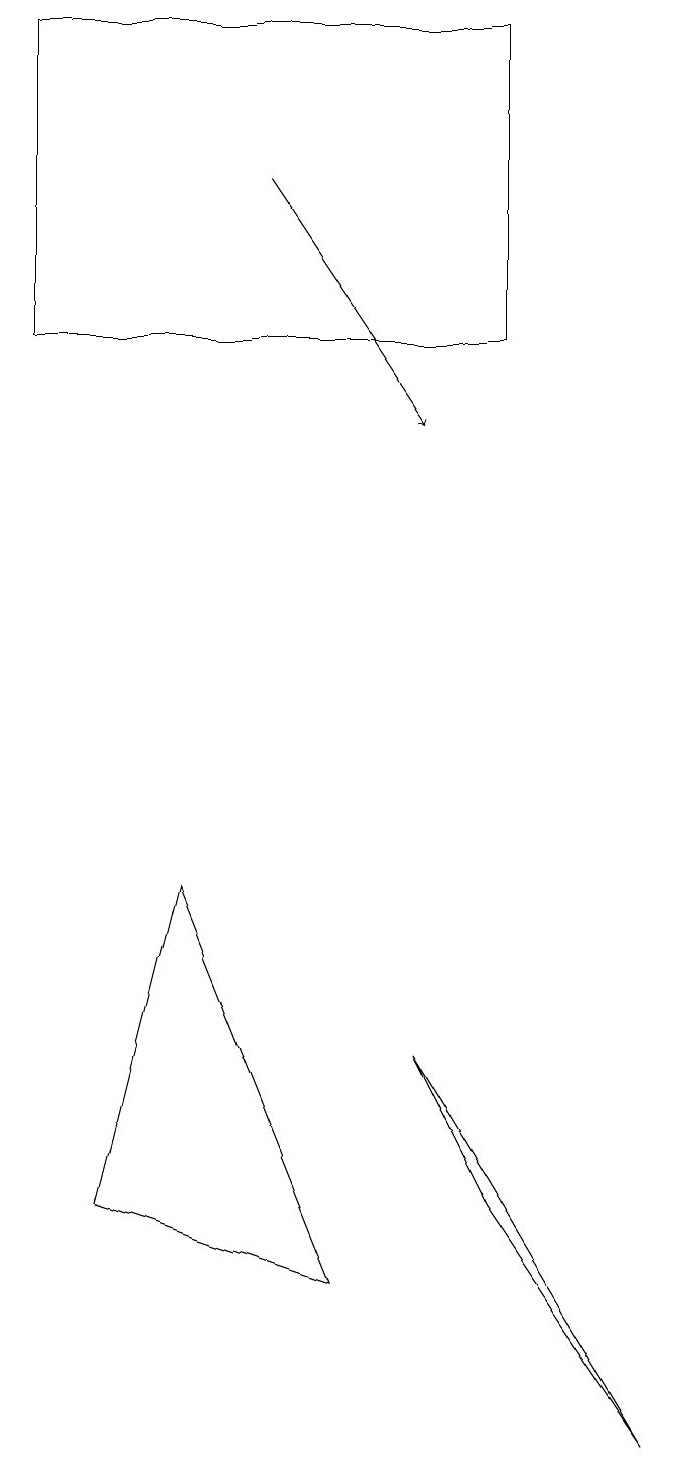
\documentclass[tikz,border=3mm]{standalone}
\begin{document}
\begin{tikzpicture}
\draw (1,14) rectangle (7,18);
\draw[->] (4,16) -- (6,13);
\draw (2,3) -- (3,7) -- (5,2) -- cycle;
\draw (7,3) -- (6,5) -- (9,0) -- cycle;
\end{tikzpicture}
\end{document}